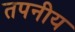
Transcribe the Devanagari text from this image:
तपनीय